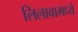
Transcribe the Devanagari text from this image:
लिलावामध्ये